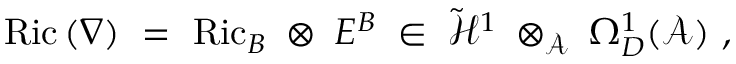
\mathrm { R i c } \, ( \nabla ) \ = \ \mathrm { R i c } _ { B } \; \otimes \; E ^ { B } \; \in \; \tilde { { \mathcal H } } ^ { 1 } \; \otimes _ { { \mathcal A } } \; \Omega _ { D } ^ { 1 } ( { \mathcal A } ) \ ,